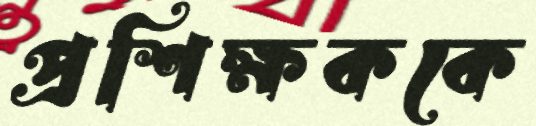
প্রশিক্ষককে